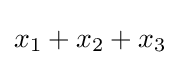
x_{1}+x_{2}+x_{3}